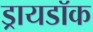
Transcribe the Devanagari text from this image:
ड्रायडॉक